Kassari_(Keina)_vallavalitsus, lk 42
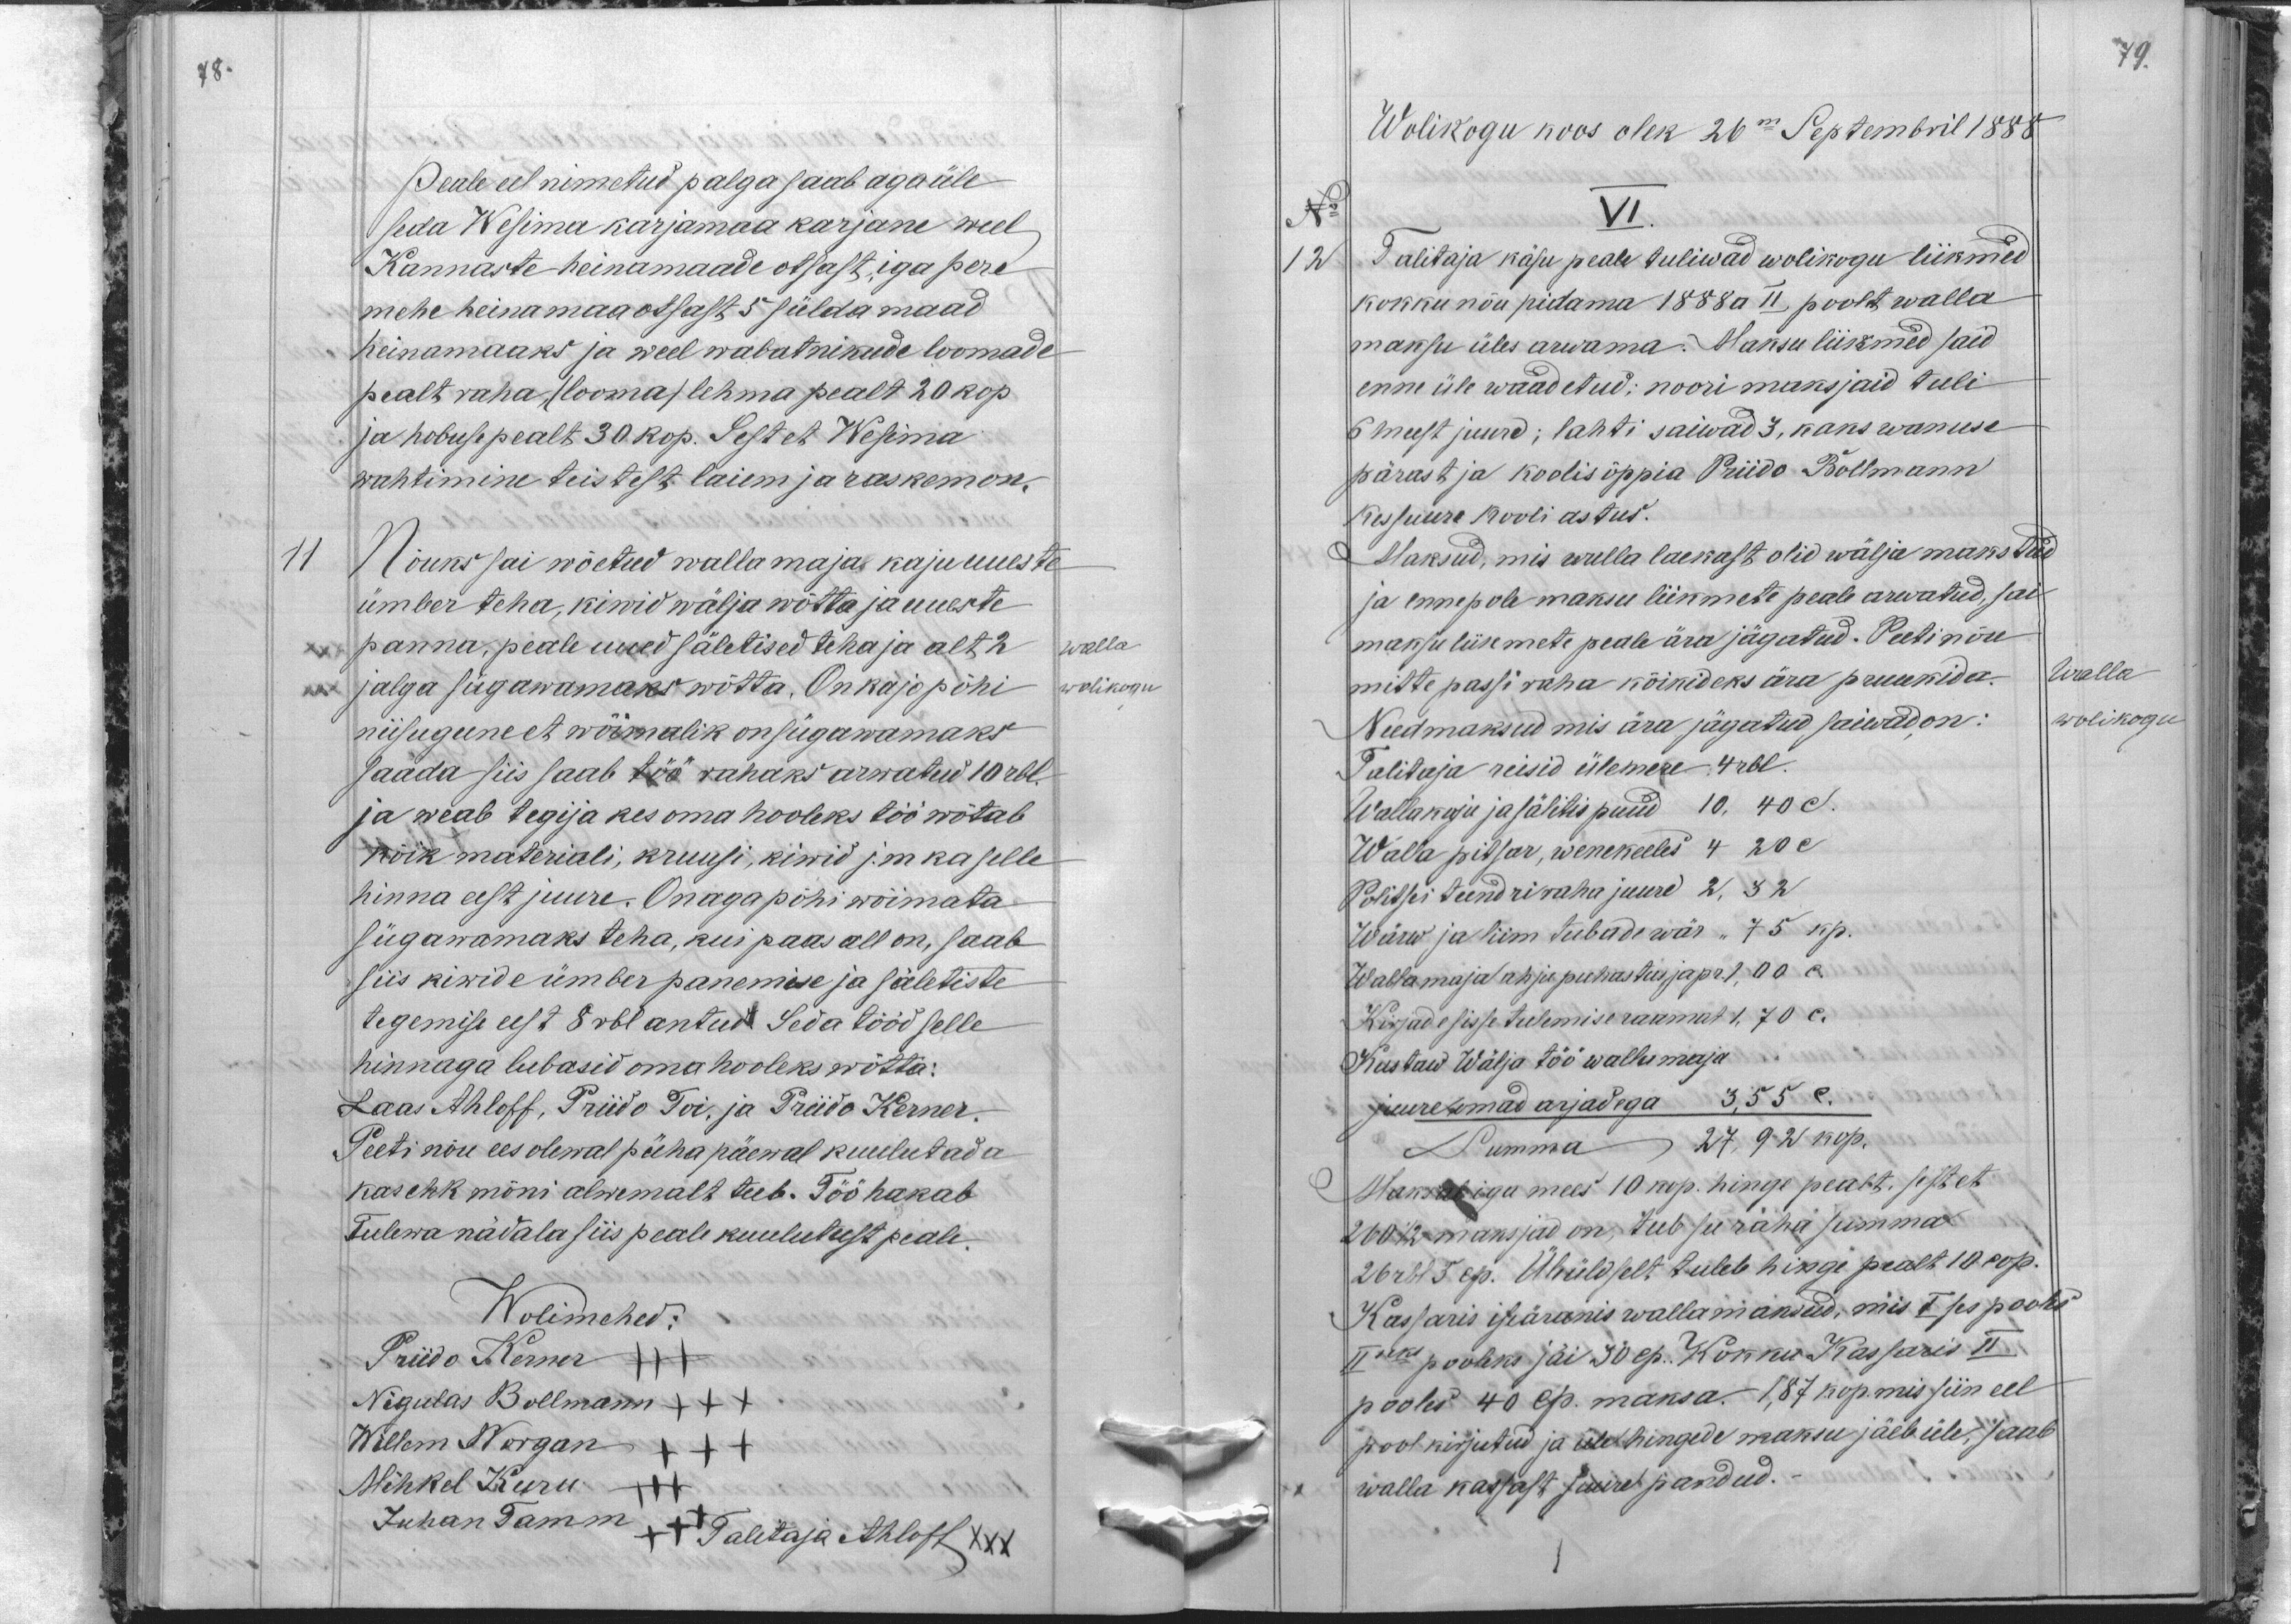
78.

Peale eel nimetud palga saab aga üle
seda Wesima karjamaa karjane weel
Kannaste heinamaade otsast, iga pere
mehe heinamaa otsast 5 sülda maad
heinamaaks ja weel wabatnikude loomade
pealt raha (looma) lehma pealt 20 kop
ja hobuse pealt 30 kop. Sest et Wesima
wahtimine teistest laiem ja raskem on.
11
Nõuks sai wõetud wallamaja kaju uueste
ümber teha, kiwid wälja wõtta ja uueste
panna, peale uued säletised teha ja alt 2
walla
jalga sügawamaks wõtta. On kajopõhi
wolikogu
niisugune et wõimalik on sügawamaks
saada siis saab töö rahaks arwatud 10 rbl.
ja weab tegija kes oma hooleks töö wõtab
kõik materjali, kruusi, kiwid j. m ka selle
hinna eest juure. On aga põhi wõimata
sügawamaks teha, kui paas all on, saab
siis kiwide ümber panemise ja säletiste
tegemise eest 8 rbl antud. Seda tööd selle
hinnaga lubasid oma hooleks wõtta:
Laas Ahloff, Priido Toi, ja Priido Kerner.
Peeti nõu ees olewal pühapäewal kuulutada
kas ehk mõni alwemalt teeb. Töö hakab
Tulewa nädala siis peale kuulutust peale.
Wolimehed:
Priido Kerner +++
Nigulas Bollmann XXX
Willem Korgan XXX
Mihkel Kuru
Juhan Tamm +++ Talitaja Ahloff XXX

79.
Wolikogu koos olek 26m Septembril 1888
No
VI.
12
Talitaja käsu peale tuliwad wolikogu liikmed
kokku nõu pidama 1888 a II poolt walla
maksu üles arwama. Maksu liikmed said
enne üle waadetud: noori maksjaid tuli
6 meest juurd; lahti saiwad 3, kaks wanuse
pärast ja koolisõppia Priido Bollmann
kes suure kooli astus.
Maksud, mis walla laekast olid wälja makstud
ja enne pole maksu liikmete peale arwatud, sai
maksu liikmete peale ära jägatud. Peeti nõu
mitte passi raha kõikideks ära pruukida.
Walla
Need maksud mis ära jägatud saiwad on:
wolikogu
Talitaja reisid ülemere 4 rbl.
Wallakoju ja sälitis puud 10, 40 c.
Walla pitsar, wenekeeles 4 20 c
Politsei teendri raha juure 2, 32
Wärw ja liim tubade wär " 75 kp.
Wallamaja ahju puhastus ja pr 1, 00 c.
Kirjade sisse tulemise raamat 1, 70 c.
Kustaw Wälja töö wallamaja
juure omad asjadega 3,55 c.
Summa 27,92 kop.
Maksab iga mees 10 kop. hinge pealt, sest et
260 1/2 maksjad on, teeb se raha summa
26 rbl. 3 cp. Üleüldselt tuleb hinge pealt 10 cop.
Kassaris iseäranis wallamaksud, mis Ises pooles
IIseks pooleks jäi 30 cp. Kokku Kassaris II
pooles 40 cp. maksa. 1,87 kop. mis siin eel
pool kirjutud ja ette hingede maksu jäeb üle, saab
walla kassast juure pandud.